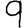
Digit: 9